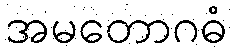
အမတောဂဓံ